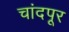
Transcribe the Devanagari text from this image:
चांदपूर